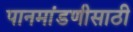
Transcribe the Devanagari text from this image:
पानमांडणीसाठी